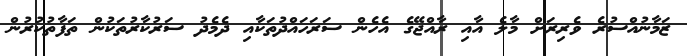
ޒަމާނުއްސުރެ ވެރިރަށް މާލެ އާއި ރާއްޖޭގެ އެހެން ސަރަހައްދުތަކާއި ދެމެދު ސަރުކާރުތަކުން ތަފާތުކުރުން